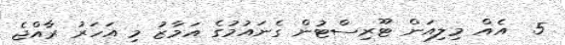
5  އެއް މިލިއަން ޓޫރިސްޓުން ގެނައުމުގެ އަމާޒު މި އަހަރު ރާއްޖެ